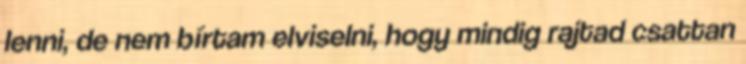
lenni, de nem bírtam elviselni, hogy mindig rajtad csattan